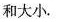
和大小.